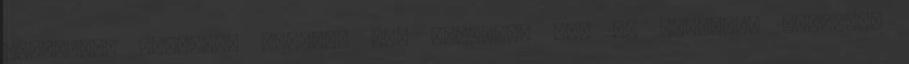
elempével közöttük Bokrost sem utasítom el, de szívesen szavazok